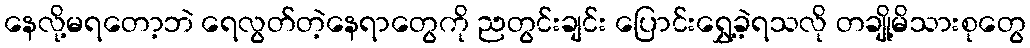
နေလို့မရတော့ဘဲ ရေလွတ်တဲ့နေရာတွေကို ညတွင်းချင်း ပြောင်းရွှေ့ခဲ့ရသလို တချို့မိသားစုတွေ